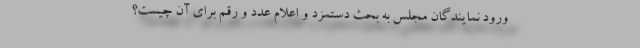
ورود نمایندگان مجلس به بحث دستمزد و اعلام عدد و رقم برای آن چیست؟